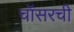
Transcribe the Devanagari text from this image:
चॉसरची